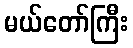
မယ်တော်ကြီး